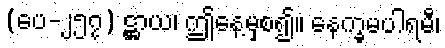
(ပေ-၂၅၇) ဋ္ဌာယ၊ ဤနေ့မှစ၍။ နေက္ခမပါရမီ၊